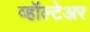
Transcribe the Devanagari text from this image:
व्हॉल्टेअर